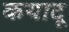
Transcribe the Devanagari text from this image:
कयादू